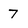
Character: 7